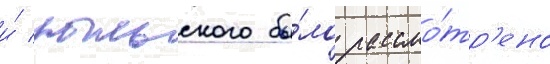
и́ рыльского бы́ло рассмо́тр'ено